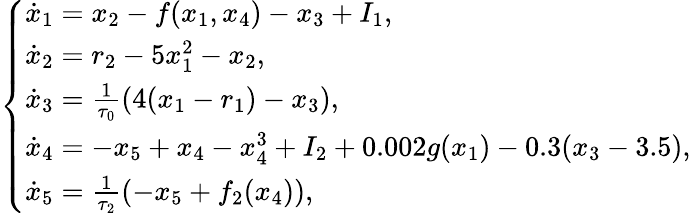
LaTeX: \left\{ \begin{array}{ll}{\dot{x}_{1}=x_{2}-f(x_{1},x_{4})-x_{3}+I_{1},}\\ {\dot{x}_{2}=r_{2}-5x_{1}^{2}-x_{2},}\\ {\dot{x}_{3}=\frac{1}{\tau_{0}}(4(x_{1}-r_{1})-x_{3}),}\\ {\dot{x}_{4}=-x_{5}+x_{4}-x_{4}^{3}+I_{2}+0.002g(x_{1})-0.3(x_{3}-3.5),}\\ {\dot{x}_{5}=\frac{1}{\tau_{2}}(-x_{5}+f_{2}(x_{4})),}\end{array}\right.